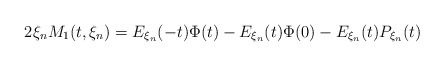
\begin{align*}2\xi_n M_1(t,\xi_n)= E_{\xi_n}(-t)\Phi(t)- E_{\xi_n}(t)\Phi(0)- E_{\xi_n}(t) P_{\xi_n}(t)\end{align*}